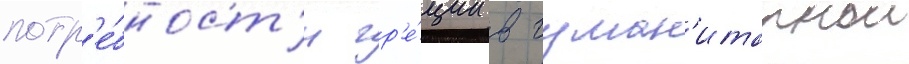
потр'е́бност'и гр'е́ции в гуман'итарнои